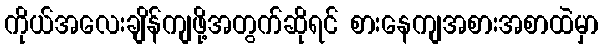
ကိုယ်အလေးချိန်ကျဖို့အတွက်ဆိုရင် စားနေကျအစားအစာထဲမှာ